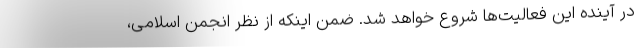
در آینده این فعالیت‌ها شروع خواهد شد. ضمن اینکه از نظر انجمن اسلامی،